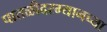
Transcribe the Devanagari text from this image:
पातळीदरम्यानच्या